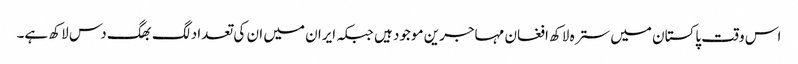
اس وقت پاکستان میں سترہ لاکھ افغان مہاجرین موجود ہیں جبکہ ایران میں ان کی تعداد لگ بھگ دس لاکھ ہے۔